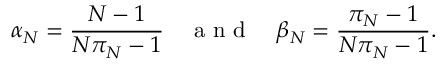
\alpha _ { N } = { \frac { N - 1 } { N \pi _ { N } - 1 } } \quad \mathrm { ~ a ~ n ~ d ~ } \quad \beta _ { N } = { \frac { \pi _ { N } - 1 } { N \pi _ { N } - 1 } } .